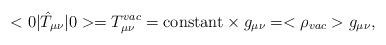
LaTeX: \begin{align*}<0|\hat{T}_{\mu \nu}|0>= T^{vac}_{\mu\nu} = \mbox{constant} \times g_{\mu \nu} = < \rho_{vac} > g_{\mu \nu},\end{align*}